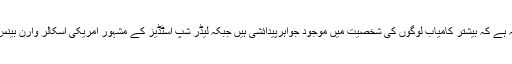
بہت سے لوگوں کا خیال یہ ہے کہ بیشتر کامیاب لوگوں کی شخصیت میں موجود جواہرپیدائشی ہیں جبکہ لیڈر شپ اسٹڈیز کے مشہور امریکی اسکالر وارن بینس کا موقف ذرا ہٹ کر ہے۔